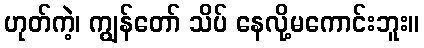
ဟုတ်ကဲ့၊ ကျွန်တော် သိပ် နေလို့မကောင်းဘူး။